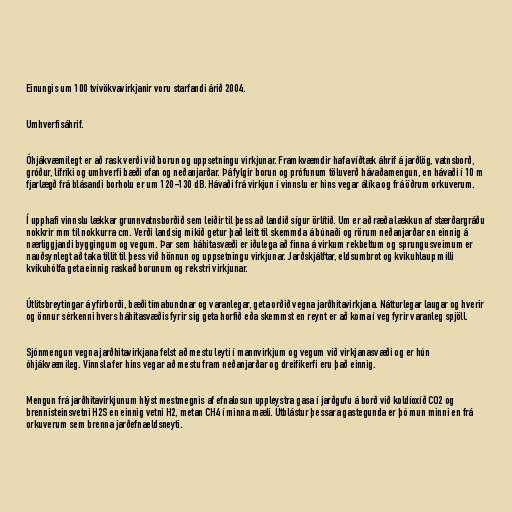
Einungis um 100 tvívökvavirkjanir voru starfandi árið 2004.

Umhverfisáhrif.

Óhjákvæmilegt er að rask verði við borun og uppsetningu virkjunar. Framkvæmdir hafa víðtæk áhrif á jarðlög, vatnsborð,
gróður, lífríki og umhverfi bæði ofan og neðanjarðar. Þá fylgir borun og prófunum töluverð hávaðamengun, en hávaði í 10 m
fjarlægð frá blásandi borholu er um 120-130 dB. Hávaði frá virkjun í vinnslu er hins vegar álíka og frá öðrum orkuverum.

Í upphafi vinnslu lækkar grunnvatnsborðið sem leiðir til þess að landið sígur örlítið. Um er að ræða lækkun af stærðargráðu
nokkrir mm til nokkurra cm. Verði landsig mikið getur það leitt til skemmda á búnaði og rörum neðanjarðar en einnig á
nærliggjandi byggingum og vegum. Þar sem háhitasvæði er iðulega að finna á virkum rekbeltum og sprungusveimum er
nauðsynlegt að taka tillit til þess við hönnun og uppsetningu virkjunar. Jarðskjálftar, eldsumbrot og kvikuhlaup milli
kvikuhólfa geta einnig raskað borunum og rekstri virkjunar.

Útlitsbreytingar á yfirborði, bæði tímabundnar og varanlegar, geta orðið vegna jarðhitavirkjana. Nátturlegar laugar og hverir
og önnur sérkenni hvers háhitasvæðis fyrir sig geta horfið eða skemmst en reynt er að koma í veg fyrir varanleg spjöll.

Sjónmengun vegna jarðhitavirkjana felst að mestu leyti í mannvirkjum og vegum við virkjanasvæði og er hún
óhjákvæmileg. Vinnsla fer hins vegar að mestu fram neðanjarðar og dreifikerfi eru það einnig.

Mengun frá jarðhitavirkjunum hlýst mestmegnis af efnalosun uppleystra gasa í jarðgufu á borð við koldíoxíð CO2 og
brennisteinsvetni H2S en einnig vetni H2, metan CH4 í minna mæli. Útblástur þessara gastegunda er þó mun minni en frá
orkuverum sem brenna jarðefnaeldsneyti.